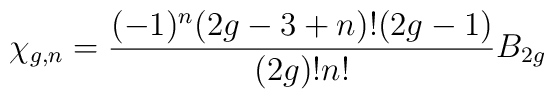
\chi_{g,n} = { (-1)^n ( 2 g - 3 + n ) ! ( 2 g - 1 ) \over ( 2 g ) ! n ! }B_{2g}